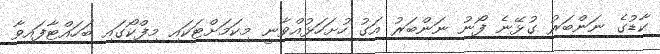
ކާޑުގެ ނަންބަރު ގުޅޭނެ ފޯނު ނަންބަރު އަގު ހުށަހަޅުއްވާނީ މިކަމަށްޓަކައި މިފްކޯގައި ބަހައްޓާފައިވާ